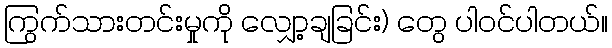
ကြွက်သားတင်းမှုကို လျှော့ချခြင်း) တွေ ပါဝင်ပါတယ်။